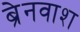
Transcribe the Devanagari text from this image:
ब्रेनवाश